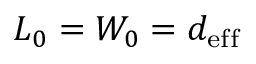
L _ { 0 } = W _ { 0 } = d _ { \mathrm { e f f } }